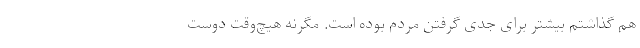
هم گذاشتم بیشتر برای جدّی گرفتن مردم بوده است. مگرنه هیچ‌وقت دوست